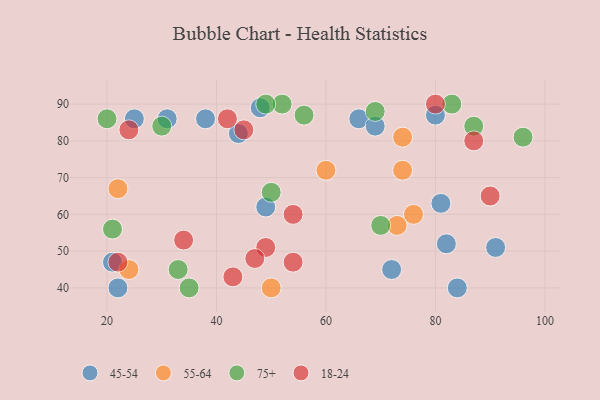
{"axis": {"x": "GDP", "y": "Life Expectancy"}, "legend": ["18-24", "45-54", "55-64", "75+"], "data": [{"x": "80", "y": 87, "type": "45-54"}, {"x": "66", "y": 86, "type": "45-54"}, {"x": "81", "y": 63, "type": "45-54"}, {"x": "91", "y": 51, "type": "45-54"}, {"x": "49", "y": 62, "type": "45-54"}, {"x": "44", "y": 82, "type": "45-54"}, {"x": "21", "y": 47, "type": "45-54"}, {"x": "31", "y": 86, "type": "45-54"}, {"x": "22", "y": 40, "type": "45-54"}, {"x": "38", "y": 86, "type": "45-54"}, {"x": "84", "y": 40, "type": "45-54"}, {"x": "72", "y": 45, "type": "45-54"}, {"x": "69", "y": 84, "type": "45-54"}, {"x": "48", "y": 89, "type": "45-54"}, {"x": "25", "y": 86, "type": "45-54"}, {"x": "82", "y": 52, "type": "45-54"}, {"x": "76", "y": 60, "type": "55-64"}, {"x": "73", "y": 57, "type": "55-64"}, {"x": "22", "y": 67, "type": "55-64"}, {"x": "74", "y": 81, "type": "55-64"}, {"x": "50", "y": 40, "type": "55-64"}, {"x": "74", "y": 72, "type": "55-64"}, {"x": "24", "y": 45, "type": "55-64"}, {"x": "60", "y": 72, "type": "55-64"}, {"x": "21", "y": 56, "type": "75+"}, {"x": "56", "y": 87, "type": "75+"}, {"x": "83", "y": 90, "type": "75+"}, {"x": "33", "y": 45, "type": "75+"}, {"x": "69", "y": 88, "type": "75+"}, {"x": "87", "y": 84, "type": "75+"}, {"x": "52", "y": 90, "type": "75+"}, {"x": "30", "y": 84, "type": "75+"}, {"x": "70", "y": 57, "type": "75+"}, {"x": "96", "y": 81, "type": "75+"}, {"x": "35", "y": 40, "type": "75+"}, {"x": "50", "y": 66, "type": "75+"}, {"x": "49", "y": 90, "type": "75+"}, {"x": "20", "y": 86, "type": "75+"}, {"x": "22", "y": 47, "type": "18-24"}, {"x": "42", "y": 86, "type": "18-24"}, {"x": "34", "y": 53, "type": "18-24"}, {"x": "54", "y": 47, "type": "18-24"}, {"x": "80", "y": 90, "type": "18-24"}, {"x": "90", "y": 65, "type": "18-24"}, {"x": "49", "y": 51, "type": "18-24"}, {"x": "45", "y": 83, "type": "18-24"}, {"x": "47", "y": 48, "type": "18-24"}, {"x": "87", "y": 80, "type": "18-24"}, {"x": "54", "y": 60, "type": "18-24"}, {"x": "43", "y": 43, "type": "18-24"}, {"x": "24", "y": 83, "type": "18-24"}]}